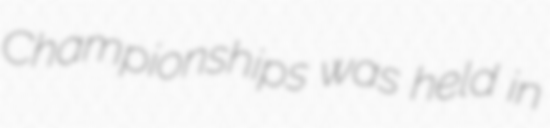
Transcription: Championships was held in